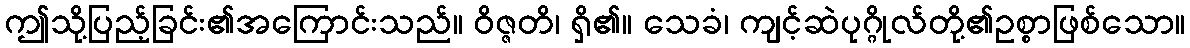
ဤသို့ပြည့်ခြင်း၏အကြောင်းသည်။ ဝိဇ္ဇတိ၊ ရှိ၏။ သေခံ၊ ကျင့်ဆဲပုဂ္ဂိုလ်တို့၏ဥစ္စာဖြစ်သော။